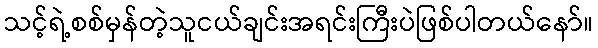
သင့်ရဲ့စစ်မှန်တဲ့သူငယ်ချင်းအရင်းကြီးပဲဖြစ်ပါတယ်နော်။